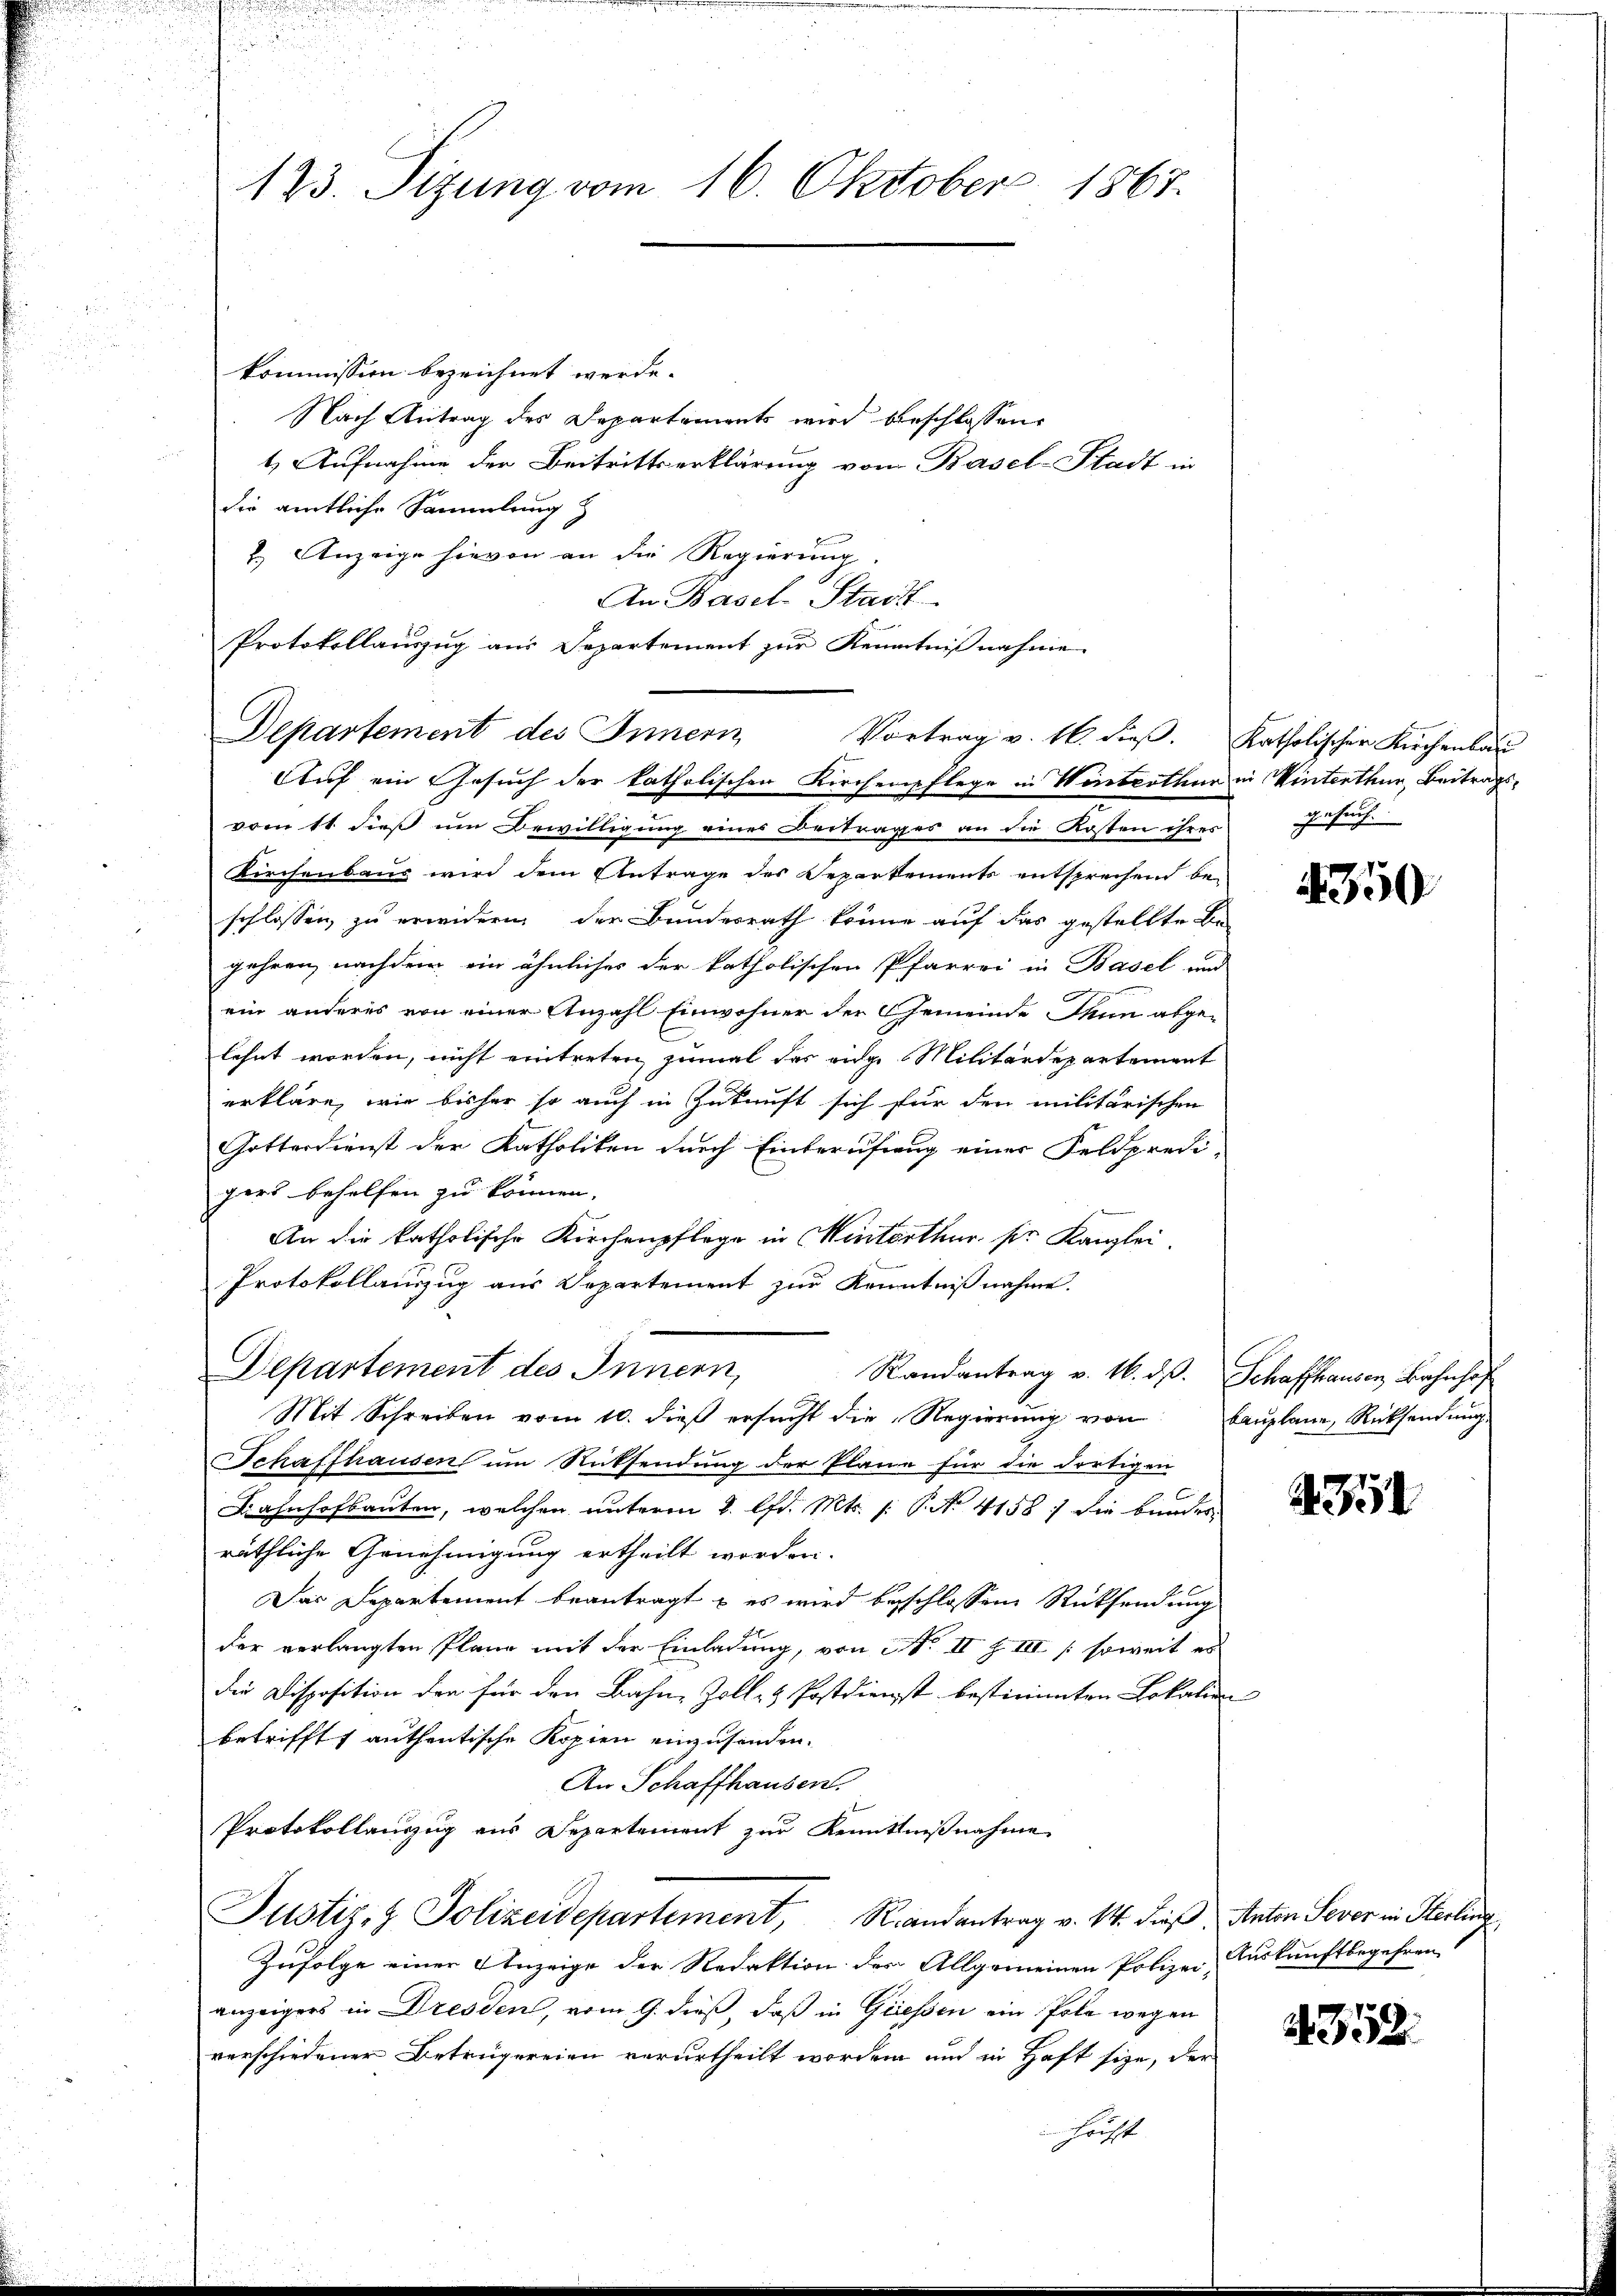
kommission bezeichnet werde.
Nach Antrag des Departements wird beschlossen,
t. Aufnahme der Beitrittserklärung von Basel-Stadt in
die amtliche Sammlung
2.) Anzeige hievon an die Regierung.
Departement des Innern
Auf ein Gesuch der katholischen Kirchenpflege in Winterthur in Winterthur, Beitragsvom 11. dieß um Bewilligung eines Vertrages an die Kosten ihres
Kirchenbaus wird dem Antrage des Separtements entsprechend be-
schlossen zu erwidern der Bundesrath könne auf das gestellte Be-
gehren, nachdem ein ähnliches der katholischen Pfarrei in Basel und
ein anderes von einer Anzahl Einwohner der Gemeinde Thun abgelehnt worden, nicht eintreten, zumal das eidge Militärdepartement
erkläre, wie bisher so auch in Zukunft sich für den militärischen
Gotterdienst der Katholiken durch Einberufung einer Feldpredi-
gers behelfen zu können,
An die katholische Kirchenpflege in Winterthur pr. Kanzlei-
Protokollauszug aus Departement zur Kenntnißnahme.
Departement des Innern,
Randantrag v. 16. ds. Schaffhausen Bahnhof
Mit Schreiben vom 10. dieß ersucht die Regierung von
Schaffhausen um Rücksendung der Pläne für die dortigen
Bahnhofbauten, welchen unterm 2. lfd. Mts. 1. P. No 4158) die bundes-
räthliche Genehmigung ertheilt worden.
Das Departement beantragt, es wird beschlossene Rücksendung
der verlangten Plane mit der Einladung, von No II S. III (soweit es
die Disposition den für den Bahn, Zoll- & Postdienst bestimmten Lokalien
betrifft, authentische Kopien einzusenden.
An Schaffhausen.
Protokollauszug aus Departement zur Kenntnißnahme
Justiz- & Polizeidepartement, Randantrag v. M. dieß. Anton Sever in Sterling
Zufolge einer Anzeige der Redaktion der Allgemeinen Polizei- Auskunftbegehren
anzeigers in Dresden, vom 9. dieß, daß in Giessen ein Pola wegen
verschiedener Betrügereien verurtheilt worden und in Haft sie, der
 höchst

123. Sizung vom 16. Oktober 1867.

An Basel Stadt
Protokollauszug aus Departement zur Kenntnißnahme.
Vortrag v. 16. dieß.

Katholischer Kirchenbau
gesuch.

350

Bauplane, Rücksendung

4351

4352